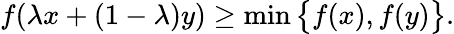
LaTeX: f(\lambda x+(1-\lambda)y)\geq\operatorname*{min}{\big\{ }f(x),f(y){\big\} }.